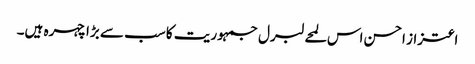
اعتزاز احسن اس لمحے لبرل جمہوریت کا سب سے بڑا چہرہ ہیں۔